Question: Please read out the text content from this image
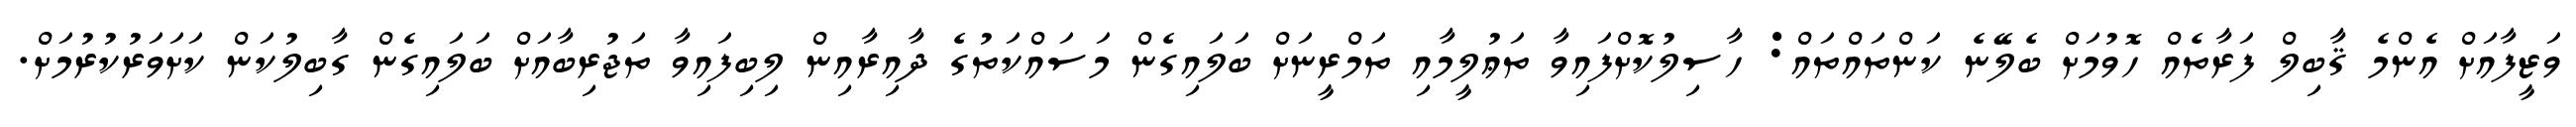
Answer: ވަޒީފާއަށް އެންމެ ޤާބިލް ފަރާތެއް ހޮވުމަށް ބެލޭނެ ކަންތައްތައް: ހާސިލުކޮށްފައިވާ ތަޢުލީމާއި ތަމްރީނަށް ބަލައިގެން މަސައްކަތުގެ ދާއިރާއިން ލިބިފައިވާ ތަޖުރިބާއަށް ބަލައިގެން ގާބިލުކަން ކަށަވަރުކުރުމަށް.